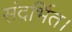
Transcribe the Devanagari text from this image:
संदर्भित।